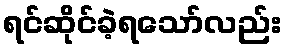
ရင်ဆိုင်ခဲ့ရသော်လည်း